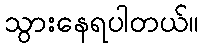
သွားနေရပါတယ်။